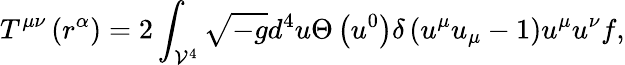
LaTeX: T^{\mu\nu}\left(r^{\alpha}\right)=2\int_{\mathcal{V}^{4}}\sqrt{-g}d^{4}u\Theta\left(u^{0}\right)\delta\left(u^{\mu}u_{\mu}-1\right)u^{\mu}u^{\nu}f,